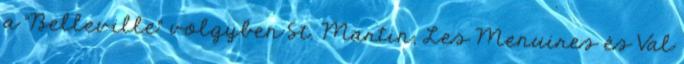
a "Belleville" völgyben St. Martin, Les Menuires és Val